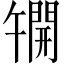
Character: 𫔦